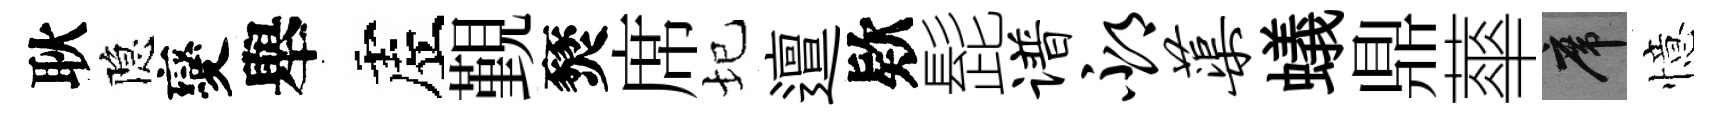
耿隐變舉虗覲燹席圮邅欵髭谱邳蕖蟻鼎蕐席憶